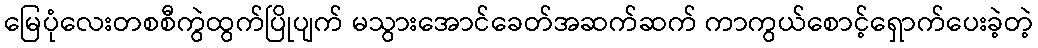
မြေပုံလေးတစစီကွဲထွက်ပြိုပျက် မသွားအောင်ခေတ်အဆက်ဆက် ကာကွယ်စောင့်ရှောက်ပေးခဲ့တဲ့